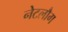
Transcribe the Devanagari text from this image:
नेटलौग